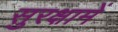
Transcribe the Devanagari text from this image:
सुरक्षामें